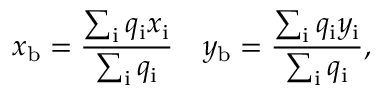
x _ { \mathrm { { b } } } = \frac { \sum _ { \mathrm { { i } } } q _ { \mathrm { { i } } } x _ { \mathrm { { i } } } } { \sum _ { \mathrm { { i } } } q _ { \mathrm { { i } } } } \- \ \- \ \- \ y _ { \mathrm { { b } } } = \frac { \sum _ { \mathrm { { i } } } q _ { \mathrm { { i } } } y _ { \mathrm { { i } } } } { \sum _ { \mathrm { { i } } } q _ { \mathrm { { i } } } } ,